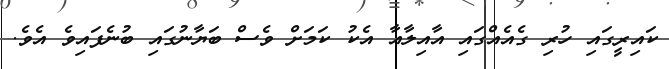
ކައިރީގައި ހުރި ގެއެއްގައި އާއިލާއާ އެކު ކަމަށް ވެސް ބަޔާނުގައި ބުނެފައިވެ އެވެ.